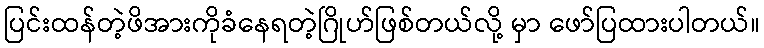
ပြင်းထန်တဲ့ဖိအားကိုခံနေရတဲ့ဂြိုဟ်ဖြစ်တယ်လို့ မှာ ဖော်ပြထားပါတယ်။